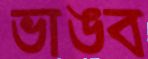
ভাঙব